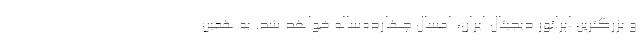
و بزرگترین اپراتور دیجیتال ایران، امسال چهارده‌ساله خواهد شد. به همین